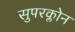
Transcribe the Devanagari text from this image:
सुपरक्लोन